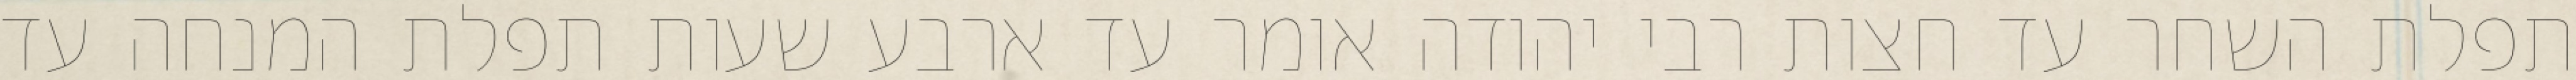
תפלת השחר עד חצות רבי יהודה אומר עד ארבע שעות תפלת המנחה עד